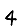
Digit: 4